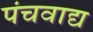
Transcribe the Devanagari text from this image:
पंचवाद्य